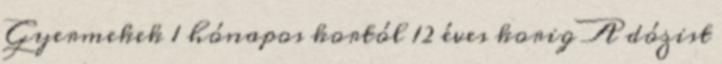
Gyermekek 1 hónapos kortól 12 éves korig A dózist